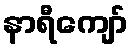
နာရီကျော်